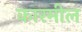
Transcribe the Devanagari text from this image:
कारमील